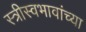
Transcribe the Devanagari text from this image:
स्त्रीस्वभावांच्या